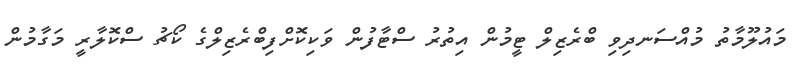
މައުލޫމާތު މުއްސަނދިވި ބްރެޒިލް ޓީމުން އިތުރު ސްޓާފުން ވަކިކޮށްފިބްރެޒިލްގެ ކޯޗު ސްކޮލާރީ މަގާމުން